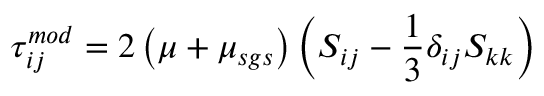
{ \tau } _ { i j } ^ { m o d } = 2 \left( \mu + { \mu } _ { s g s } \right) \left( S _ { i j } - \frac { 1 } { 3 } \delta _ { i j } S _ { k k } \right) \,